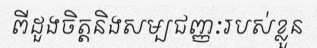
ពីដួងចិត្តនិងសម្បជញ្ញៈរបស់ខ្លួន